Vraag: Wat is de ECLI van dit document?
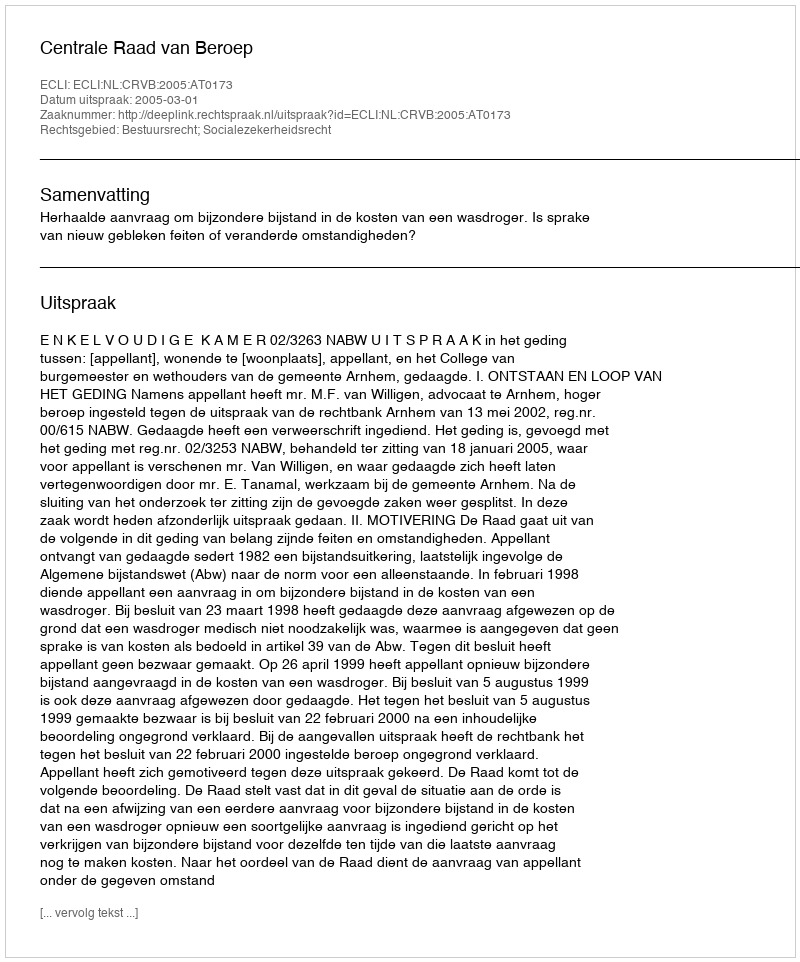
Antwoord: ECLI:NL:CRVB:2005:AT0173